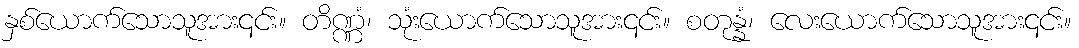
နှစ်ယောက်သောသူအား၎င်း။ တိဏ္ဏံ၊ သုံးယောက်သောသူအား၎င်း။ စတုန္နံ၊ လေးယောက်သောသူအား၎င်း။